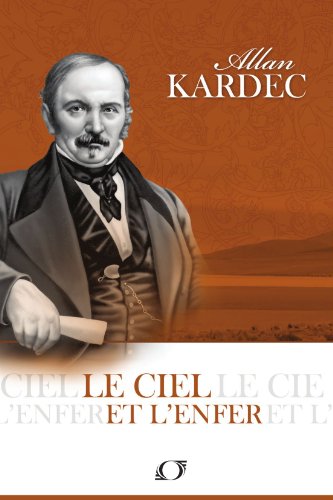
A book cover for Le Ciel et l'Enfer (French Edition); Allan Kardec; Religion & Spirituality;